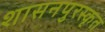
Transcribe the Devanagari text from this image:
शासनपुरस्कृत